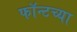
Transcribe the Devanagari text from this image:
फॉन्टच्या